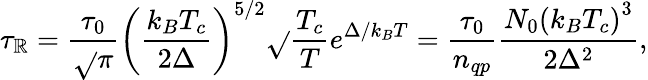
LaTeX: \tau_{\mathbb{R}}=\frac{{\tau_{0}}}{{\sqrt{}{{\pi}}}}\left(\frac{{k_{B}T_{c}}}{{2\Delta}}\right)^{5/2}\sqrt{}{{\frac{{T_{c}}}{{T}}}}e^{\Delta/k_{B}T}=\frac{{\tau_{0}}}{{n_{qp}}}\frac{{N_{0}\left(k_{B}T_{c}\right)^{3}}}{{2\Delta^{2}}},